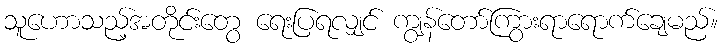
သူဟောသည့်အတိုင်းတွေ ရေးပြရလျှင် ကျွန်တော်ကြွားရာရောက်ချေမည်။